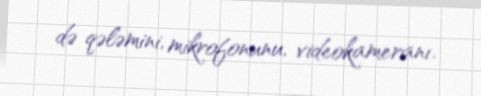
də qələmini, mikrofonunu, videokameranı.